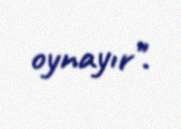
oynayır".